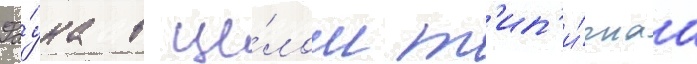
Фа́уна в це́лом т'ип'и́чнаа